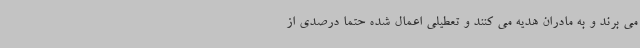
می برند و به مادران هدیه می کنند و تعطیلی اعمال شده حتما درصدی از